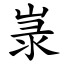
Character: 㟤